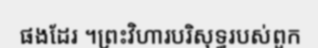
ផងដែរ ។ព្រះវិហារបរិសុទ្ធរបស់ពួក